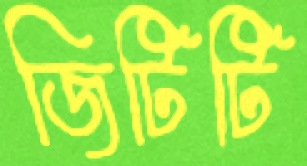
জিটিটি